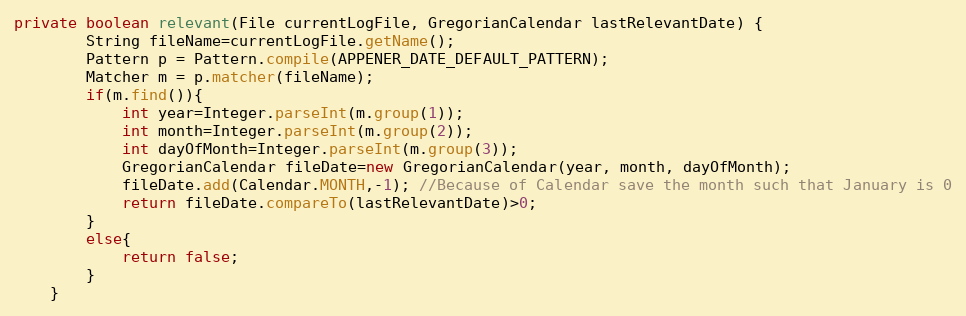
Language: Java
private boolean relevant(File currentLogFile, GregorianCalendar lastRelevantDate) {
		String fileName=currentLogFile.getName();
		Pattern p = Pattern.compile(APPENER_DATE_DEFAULT_PATTERN);
		Matcher m = p.matcher(fileName);
		if(m.find()){
			int year=Integer.parseInt(m.group(1));
			int month=Integer.parseInt(m.group(2));
			int dayOfMonth=Integer.parseInt(m.group(3));
			GregorianCalendar fileDate=new GregorianCalendar(year, month, dayOfMonth);
			fileDate.add(Calendar.MONTH,-1); //Because of Calendar save the month such that January is 0
			return fileDate.compareTo(lastRelevantDate)>0;
		}
		else{
			return false;
		}
	}